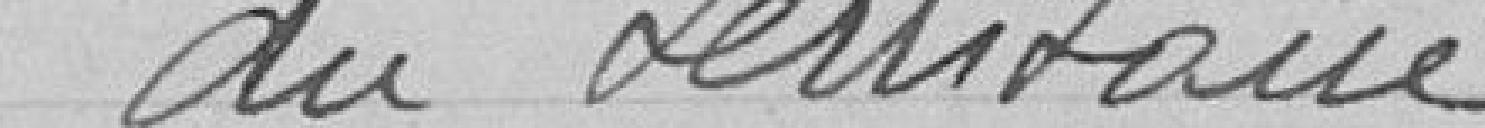
du Territoire